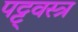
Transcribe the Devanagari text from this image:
पट्ट्वस्त्र